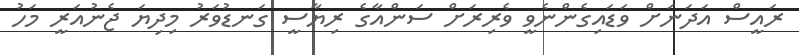
ރައީސް އަދަނަށް ވަޑައިގެންނެވީ ވެރިރަށް ސަންއާގެ ރިޔާސީ ގަނޑުވަރު މިދިޔަ ޖެނުއަރީ މަހު